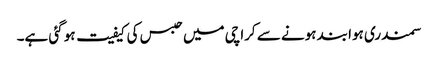
سمندری ہوا بند ہونے سے کراچی میں حبس کی کیفیت ہو گئی ہے۔